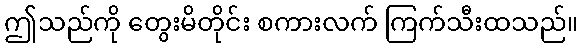
ဤသည်ကို တွေးမိတိုင်း စကားလက် ကြက်သီးထသည်။